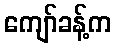
ကျော်ခန့်က